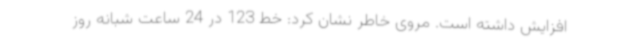
افزایش داشته است. مروی خاطر نشان کرد: خط 123 در 24 ساعت شبانه روز